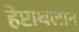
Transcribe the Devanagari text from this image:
हेप्टाथलान